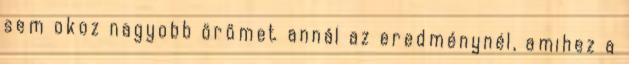
sem okoz nagyobb örömet annál az eredménynél, amihez a